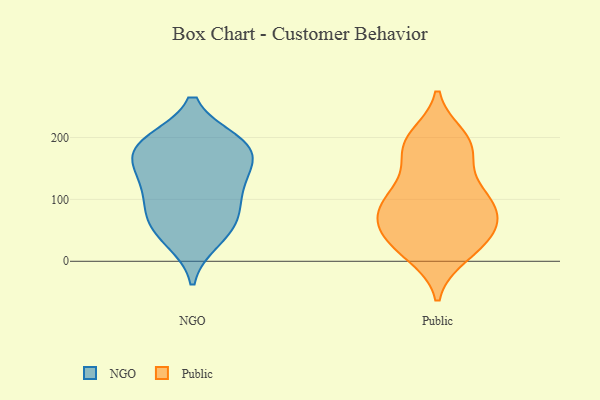
{"axis": {"x": "Bounce Rate (%)", "y": "Value"}, "legend": ["NGO", "Public"], "data": [{"x": "", "y": 184, "type": "NGO"}, {"x": "", "y": 191, "type": "NGO"}, {"x": "", "y": 78, "type": "NGO"}, {"x": "", "y": 191, "type": "NGO"}, {"x": "", "y": 67, "type": "NGO"}, {"x": "", "y": 127, "type": "NGO"}, {"x": "", "y": 43, "type": "NGO"}, {"x": "", "y": 168, "type": "NGO"}, {"x": "", "y": 193, "type": "NGO"}, {"x": "", "y": 118, "type": "NGO"}, {"x": "", "y": 34, "type": "NGO"}, {"x": "", "y": 82, "type": "NGO"}, {"x": "", "y": 134, "type": "NGO"}, {"x": "", "y": 162, "type": "NGO"}, {"x": "", "y": 107, "type": "Public"}, {"x": "", "y": 41, "type": "Public"}, {"x": "", "y": 90, "type": "Public"}, {"x": "", "y": 76, "type": "Public"}, {"x": "", "y": 39, "type": "Public"}, {"x": "", "y": 189, "type": "Public"}, {"x": "", "y": 106, "type": "Public"}, {"x": "", "y": 190, "type": "Public"}, {"x": "", "y": 12, "type": "Public"}, {"x": "", "y": 37, "type": "Public"}, {"x": "", "y": 11, "type": "Public"}, {"x": "", "y": 77, "type": "Public"}, {"x": "", "y": 200, "type": "Public"}, {"x": "", "y": 95, "type": "Public"}, {"x": "", "y": 43, "type": "Public"}, {"x": "", "y": 71, "type": "Public"}, {"x": "", "y": 129, "type": "Public"}, {"x": "", "y": 177, "type": "Public"}, {"x": "", "y": 182, "type": "Public"}]}